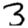
Digit: 3